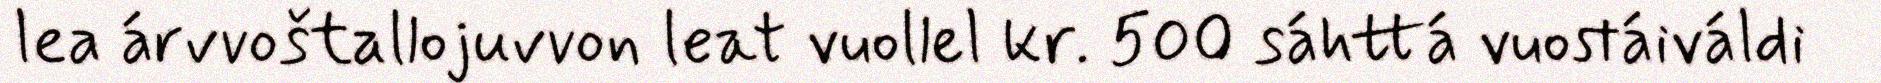
lea árvvoštallojuvvon leat vuollel kr. 500 sáhttá vuostáiváldi